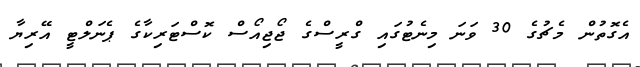
އެގޮތުން މެޗުގެ 30 ވަނަ މިނެޓުގައި ގްރީސްގެ ޖޯޖިއޯސް ކޮސްޓަރިކާގެ ޕެނަލްޓީ އޭރިޔާ